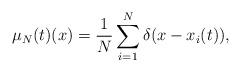
LaTeX: \begin{align*}\mu_N(t)(x) = \frac{1}{N}\sum^N_{i = 1} \delta(x -x_i(t)),\end{align*}